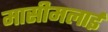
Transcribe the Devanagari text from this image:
मासीमलाई